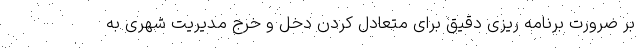
بر ضرورت برنامه ریزی دقیق برای متعادل کردن دخل و خرج مدیریت شهری به